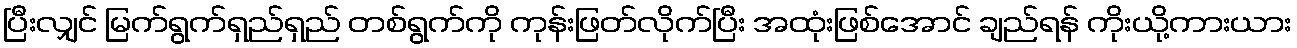
ပြီးလျှင် မြက်ရွက်ရှည်ရှည် တစ်ရွက်ကို ကုန်းဖြတ်လိုက်ပြီး အထုံးဖြစ်အောင် ချည်ရန် ကိုးယို့ကားယား